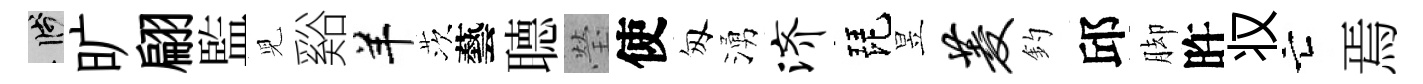
箋旷翩監児谿羊茨藝𦗟瑩使匆湧济琵昱菱釣邱脚旿𠬧亡焉